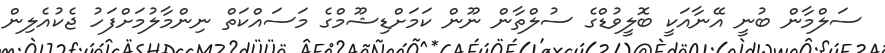
ސަލްމާން ބުނީ އޭނާއަކީ ބޮލީވުޑްގެ ސުލްތާން ނޫން ކަމަށްޑިޝޫމްގެ މަަސައްކަތް ނިންމާލުމަށްފަހު ޖެކުއެލިން